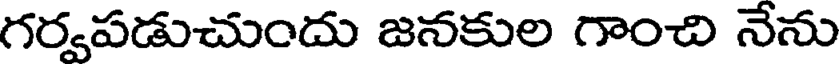
గర్వపడుచుందు జనకుల గాంచి నేను